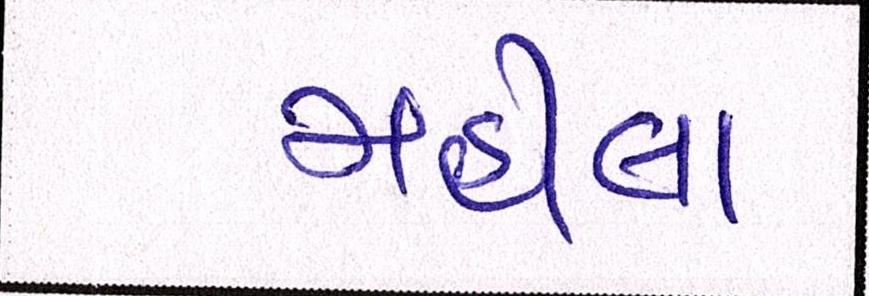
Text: મહીલા